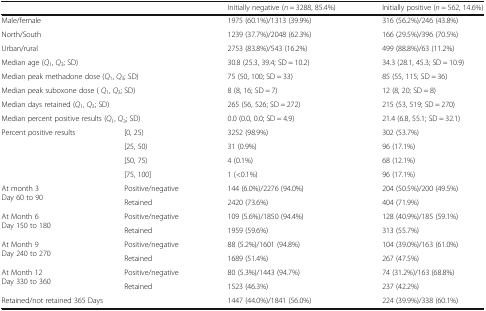
<table><thead><tr><td colspan="2"></td><td><b>Initially negative (<i>n</i> = 3288, 85.4%)</b></td><td><b>Initially positive (<i>n</i> = 562, 14.6%)</b></td></tr></thead><tbody><tr><td colspan="2">Male/female</td><td>1975 (60.1%)/1313 (39.9%)</td><td>316 (56.2%)/246 (43.8%)</td></tr><tr><td colspan="2">North/South</td><td>1239 (37.7%)/2048 (62.3%)</td><td>166 (29.5%)/396 (70.5%)</td></tr><tr><td colspan="2">Urban/rural</td><td>2753 (83.8%)/543 (16.2%)</td><td>499 (88.8%)/63 (11.2%)</td></tr><tr><td colspan="2">Median age (<i>Q</i><sub>1</sub>, <i>Q</i><sub>3</sub>; SD)</td><td>30.8 (25.3, 39.4; SD = 10.2)</td><td>34.3 (28.1, 45.3; SD = 10.9)</td></tr><tr><td colspan="2">Median peak methadone dose (<i>Q</i><sub>1</sub>, <i>Q</i><sub>3</sub>; SD)</td><td>75 (50, 100; SD = 33)</td><td>85 (55, 115; SD = 36)</td></tr><tr><td colspan="2">Median peak suboxone dose ( <i>Q</i><sub>1</sub>, <i>Q</i><sub>3</sub>; SD)</td><td>8 (8, 16; SD = 7)</td><td>12 (8, 20; SD = 8)</td></tr><tr><td colspan="2">Median days retained (<i>Q</i><sub>1</sub>, <i>Q</i><sub>3</sub>; SD)</td><td>265 (56, 526; SD = 272)</td><td>215 (53, 519; SD = 270)</td></tr><tr><td colspan="2">Median percent positive results (<i>Q</i><sub>1</sub>, <i>Q</i><sub>3</sub>; SD)</td><td>0.0 (0.0, 0.0; SD = 4.9)</td><td>21.4 (6.8, 55.1; SD = 32.1)</td></tr><tr><td rowspan="4">Percent positive results</td><td>[0, 25)</td><td>3252 (98.9%)</td><td>302 (53.7%)</td></tr><tr><td>[25, 50)</td><td>31 (0.9%)</td><td>96 (17.1%)</td></tr><tr><td>[50, 75)</td><td>4 (0.1%)</td><td>68 (12.1%)</td></tr><tr><td>[75, 100]</td><td>1 (&lt;0.1%)</td><td>96 (17.1%)</td></tr><tr><td rowspan="2">At month 3Day 60 to 90</td><td>Positive/negative</td><td>144 (6.0%)/2276 (94.0%)</td><td>204 (50.5%)/200 (49.5%)</td></tr><tr><td>Retained</td><td>2420 (73.6%)</td><td>404 (71.9%)</td></tr><tr><td rowspan="2">At Month 6Day 150 to 180</td><td>Positive/negative</td><td>109 (5.6%)/1850 (94.4%)</td><td>128 (40.9%)/185 (59.1%)</td></tr><tr><td>Retained</td><td>1959 (59.6%)</td><td>313 (55.7%)</td></tr><tr><td rowspan="2">At Month 9Day 240 to 270</td><td>Positive/negative</td><td>88 (5.2%)/1601 (94.8%)</td><td>104 (39.0%)/163 (61.0%)</td></tr><tr><td>Retained</td><td>1689 (51.4%)</td><td>267 (47.5%)</td></tr><tr><td rowspan="2">At Month 12Day 330 to 360</td><td>Positive/negative</td><td>80 (5.3%)/1443 (94.7%)</td><td>74 (31.2%)/163 (68.8%)</td></tr><tr><td>Retained</td><td>1523 (46.3%)</td><td>237 (42.2%)</td></tr><tr><td colspan="2">Retained/not retained 365 Days</td><td>1447 (44.0%)/1841 (56.0%)</td><td>224 (39.9%)/338 (60.1%)</td></tr></tbody></table>